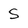
Character: S